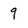
Character: 9